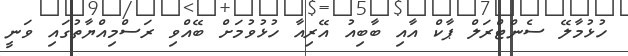
ހުޅުމާލޭ ސެންޓްރަލް ޕާކް އާއި ބާބިއު އޭރިއާ ހުޅުވުމަށް ބޭއްވި ރަސްމިއްޔާތުގައި ވަނީ